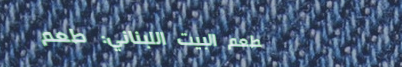
مطعم البيت اللبناني: طعم